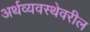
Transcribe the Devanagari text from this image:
अर्थव्यवस्थेवरील